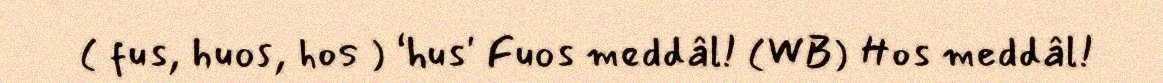
( fus, huos, hos ) ‘hus' Fuos meddâl! (WB) Hos meddâl!